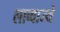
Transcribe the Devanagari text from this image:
लाव्वाज्ये